Annual report of the Civil Veterinary Department, Bengal, for the year 1897-98 - 1897-1898
Year: 1897
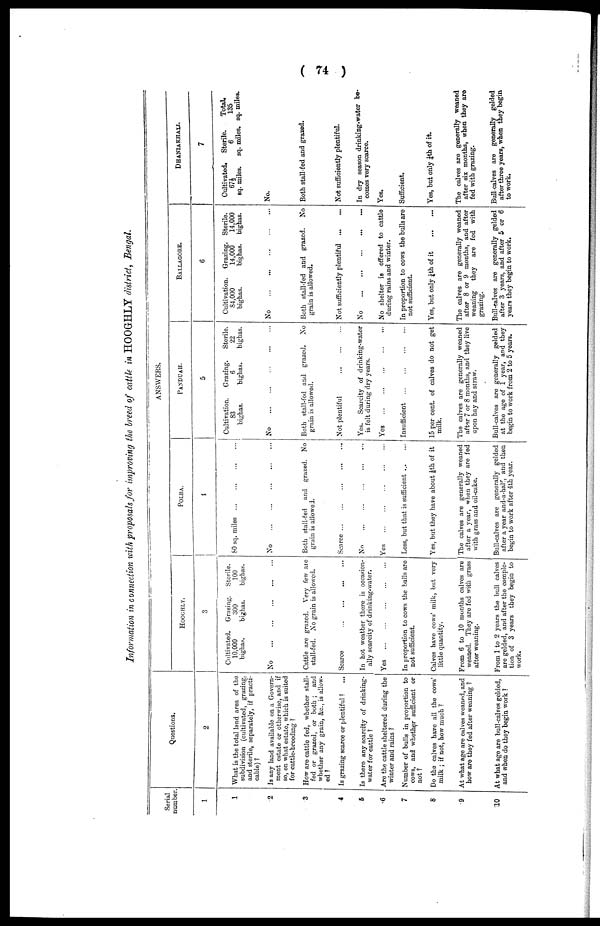
( 74 )
Information in connection with proposals for improving the breed of cattle in HOOGHLY district, Bengal.
Serial
number
1
1
2
3
4
6
6
7
8
9
10
Questions.
2
What is the total land area of the
subdivision (cultivated, grazing.
and sterile, separately, if practi-
cable) ?
Is any land available on a Govern-
ment estate or otherwise, and if
so, on what estate, which is suited
for cattle-breeding ?
How are cattle fed, whether stall-
fed or grazed, or both ; and
whether any grain, &c, is allow-
ed ?
Is grazing scarce or plentiful ? ...
Is there any scarcity of drinking-
water for cattle ?
Are the cattle sheltered during the
winter and rains ?
Number of bulls in proportion to
cows, and whether sufficient or
not?
Do the calves have all the cows'
milk ; if not, how much ?
At what ago are calves weaned, and
how are they fed after weaning ?
At what ago are bull-calves gelded,
and when do they begin work ?
ANSWERS.
HOOGHLY.
3
Cultivated.
10,000
bighas.
Grazing.
300
bighas.
Sterile.
100
bighas.
No
...
...
...
...
...
Cattle are grazed. Very few are
stall-fed. No grain is allowed.
Scarce ... ... ... ...
In hot weather there is occasion-
ally scarcity of drinking-water.
Yes
...
...
...
...
...
In proportion to cows thebulls are
not sufficient.
Calves have cows' milk, but very
little quantity.
From 6 to 10 months calves are
weaned. They are fed with grass
after weaning.
From 1 to 2 years the bull calves
are gelded, and after the comple-
tion of 3 years they begain to
work.
POLBA.
4
80 sq. miles
...
...
...
...
No
...
...
...
...
...
Both stall-fed and grazed. No
grain is allowed.
Scarce
...
...
...
...
...
No
...
...
...
...
...
Yes
...
...
...
...
...
Less, but that is sufficient ...
Yes, but they have about 1/8th of it
The calves are generally weaned
after a year, when they are fed
with grass and oil-cake.
Bull-calves are generally gelded
after a year and-a-half, and then
begin to work after 4th year.
PANDUAH
5
Cultivation.
83
bighas.
Crazing.
6
bighas.
Sterile.
22
bighas.
No
...
...
...
...
...
' Both stall-fed and grazed. No
grain is allowed.
Not plentiful ... ... ...
Yes. Scarcity of drinking-water
is felt during dry years.
Yes
...
...
...
...
...
Insufficient
...
...
...
...
15 per cent, of calvea do not get
milk.
The calves are generally weaned
after 7 or 8 months, and they live
upon hay and straw.
Bull-calves are generally gelded
at the age of 1 year, and they
begin to work from 2 to 5 years.
BALLAGORE.
6
Cultivation.
84,000
bighas.
Grazing.
14,000
bighas.
Sterile.
14,000
bighas.
No ... ... ... ... ...
Both stall-fed and grazed. No
grain is allowed.
Not sufficiently plentiful
...
...
No
...
...
...
...
...
No shelter is offered to cattle
during rains and winter.
In proportion to cows the bulls are
not sufficient.
Yes, but only ¼ th of it
...
...
The calves are generally weaned
after 8 or 9 months, and after
woaning they are fed with
grazing.
Bull-calves are generally gelded
after 3 years, and after 5 or 6
years they begin to work.
DHANIAKHALI.
7
Cultivated.
67½
sq. miles.
Sterile.
6
sq. miles.
Total.
135
sq. miles.
No.
Both stall-fed and grazed.
Not sufficiently plentiful.
In dry season drinking-water be-
comes very scarce.
Yes.
Sufficient.
Yes, but only ¼th of it.
The calves are generall weaned
after six months, when they are
fed with grazing.
Bull calves are generally gelded
after three years, when they begin
to work.